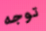
توجه